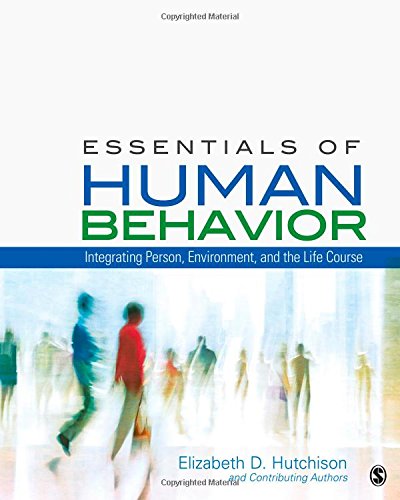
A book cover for Essentials of Human Behavior: Integrating Person, Environment, and the Life Course; Elizabeth D. Hutchison; Medical Books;